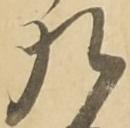
九